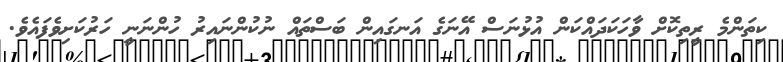
ކިތަންމެ ރީތިކޮށް ވާހަކަދައްކަން އުޅުނަސް އޭނަގެ އަނގައިން ބަސްތައް ނުކުންނައިރު ހުންނަނީ ހަރުކަށިވެފައެވެ.